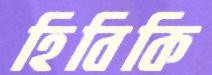
হিবিকি